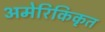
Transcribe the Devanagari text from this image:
अमेरिकिकृत